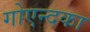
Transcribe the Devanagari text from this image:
गोएन्दका